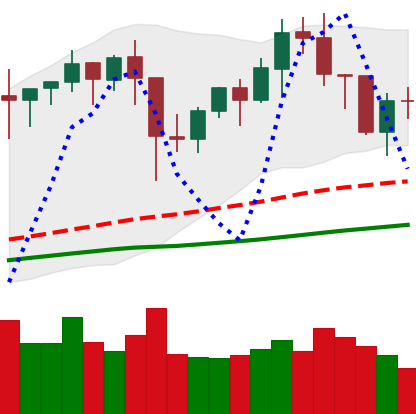
Ticker: BNB-USD
Chart end date: 2021-01-23
Forward return: 4.199%
Label: up_3_5